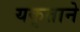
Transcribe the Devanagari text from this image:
यकृताने